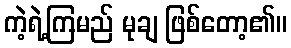
ကဲ့ရဲ့ကြမည် မုချ ဖြစ်တော့၏။